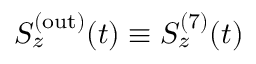
S _ { z } ^ { ( \mathrm { o u t } ) } ( t ) \equiv S _ { z } ^ { ( 7 ) } ( t )